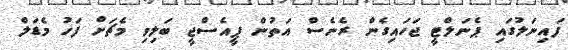
ފައިނަލުގައި ޕެނަލްޓީ ޖަހައިގެން ރެނެސް އަތުން ޕީއެސްޖީ ބަލިވި މެޗަށް ފަހު މެޑަލް